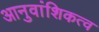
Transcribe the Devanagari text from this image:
आनुवांशिकत्व